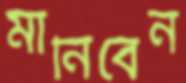
মানিবেন